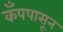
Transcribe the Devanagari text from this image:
कँपपासून